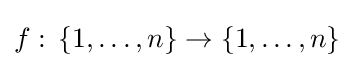
f:\,\{1,\ldots ,n\}\rightarrow \{1,\ldots ,n\}